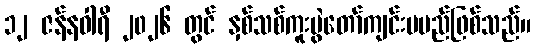
၁၂ ဇန်နဝါရီ ၂၀၂၆ တွင် နှစ်သစ်ကူးပွဲတော်ကျင်းပမည်ဖြစ်သည်။